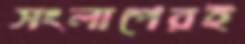
সংলাপেরই